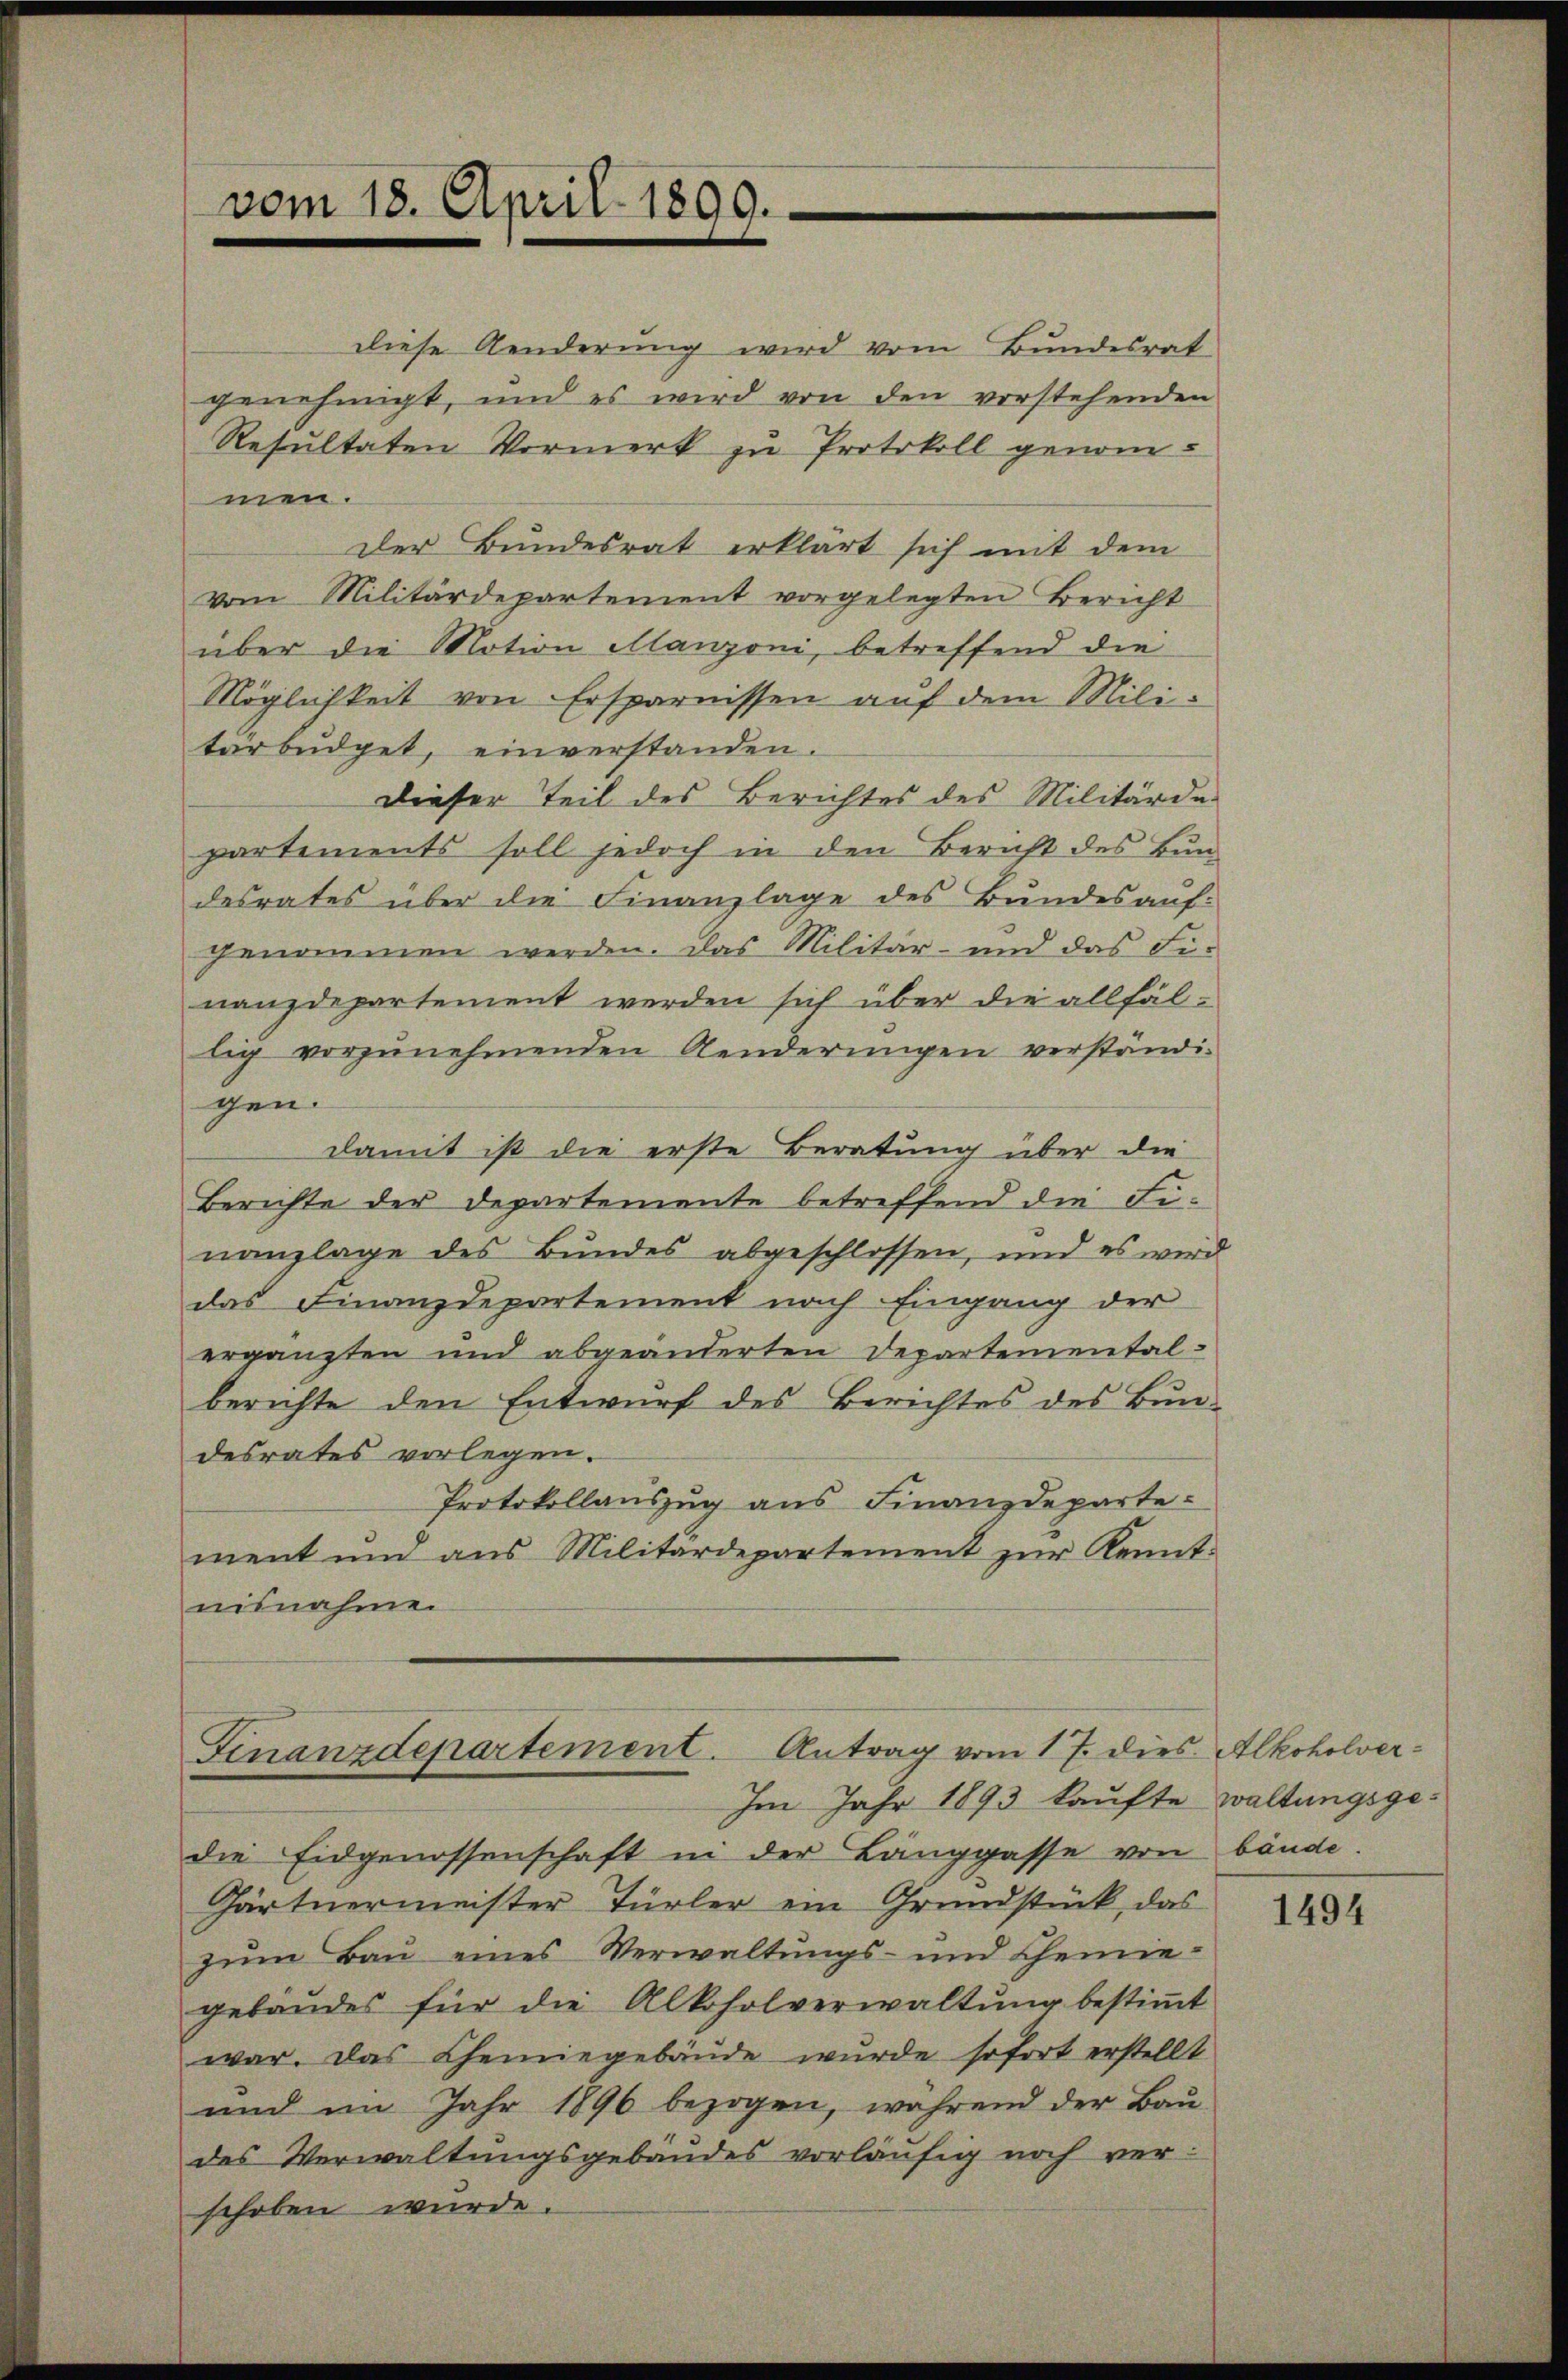
vom 18. April 1899.

diese Aenderung wird vom Bundesrat
genehmigt, und es wird von den vorstehenden
Resultaten Vormerk zu Protokoll genommen.
Der Bundesrat erklärt sich mit dem
vom Militärdepartement vorgelegten Bericht
über die Motion Manzoni, betreffend die
Möglichkeit von Ersparnissen auf dem Militärbüdget, einverstanden.
Dieser Teil des Berichtes des Militärdepartements soll jedoch in den Bericht des Bun-
desrates über die Finanzlage des Bundes auf-
genommen werden. Das Militär- und das Fi-
nanzdepartement werden sich über die allfällig vorzŭnehmenden Aenderŭngen verständi-
gen.
damit ist die erste Beratung über die
Berichte der Departemente betreffend die Finanzlage des Bundes abgeschlossen, und es wird
das Finanzdepartement nach Eingang der
ergänzten und abgeänderten Departemental-
berichte den Entwurf des Berichtes des Bundesrates vorlegen.
Protokollauszug aus Finanzdeparte
ment und aus Militärdepartement zur Kennt-
nisnahme.

Finanzdepartement. Antrag vom 17. dies Alkoholver¬
Im Jahr 1893 kaufte waltungsge¬

die Eidgenossenschaft in der Langgasse von bände.
Gärtnermeister Türler ein Grundstück, das
zum Bau eines Verwaltungs- und Chemnie-
gebäudes für die Alkoholverwaltung bestimmt
war. Das Chemniegebäude wurde sofort erstellt
und im Jahr 1896 bezogen, während der Bau-
des Verwaltungsgebäudes vorläufig noch verschoben wurde.

1494